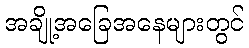
အချို့အခြေအနေများတွင်